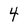
Character: 4